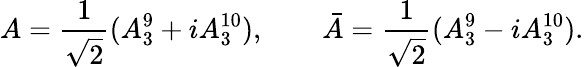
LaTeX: A={\frac{1}{\sqrt 2}}(A_{3}^{9}+iA_{3}^{10}),\qquad\bar{A}={\frac{1}{\sqrt 2}}(A_{3}^{9}-iA_{3}^{10}).